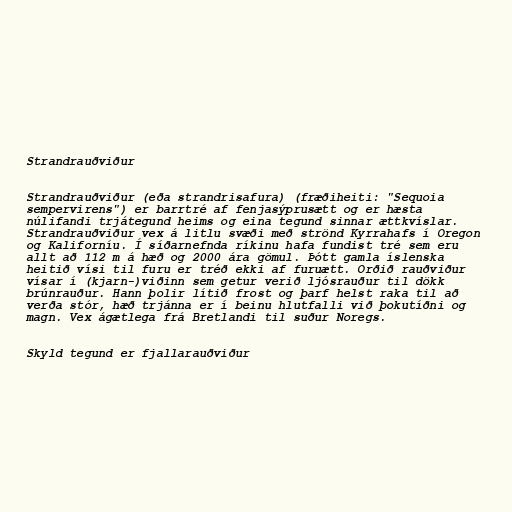
Strandrauðviður

Strandrauðviður (eða strandrisafura) (fræðiheiti: "Sequoia
sempervirens") er barrtré af fenjasýprusætt og er hæsta
núlifandi trjátegund heims og eina tegund sinnar ættkvíslar.
Strandrauðviður vex á litlu svæði með strönd Kyrrahafs í Oregon
og Kaliforníu. Í síðarnefnda ríkinu hafa fundist tré sem eru
allt að 112 m á hæð og 2000 ára gömul. Þótt gamla íslenska
heitið vísi til furu er tréð ekki af furuætt. Orðið rauðviður
vísar í (kjarn-)viðinn sem getur verið ljósrauður til dökk
brúnrauður. Hann þolir lítið frost og þarf helst raka til að
verða stór, hæð trjánna er í beinu hlutfalli við þokutíðni og
magn. Vex ágætlega frá Bretlandi til suður Noregs.

Skyld tegund er fjallarauðviður